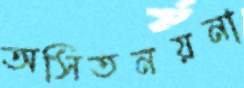
অসিতনয়না